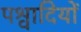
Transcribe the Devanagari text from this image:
पश्वादियों